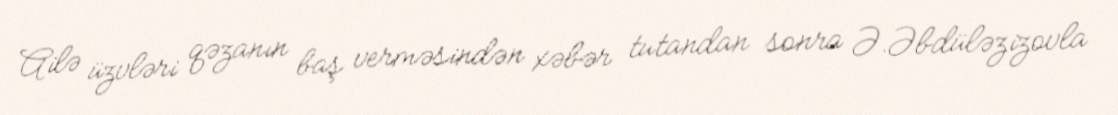
Ailə üzvləri qəzanın baş verməsindən xəbər tutandan sonra Ə.Əbdüləzizovla